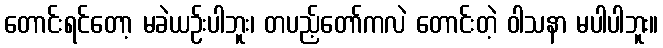
တောင်းရင်တော့ မခဲယဉ်းပါဘူး၊ တပည့်တော်ကလဲ တောင်းတဲ့ ဝါသနာ မပါပါဘူး။